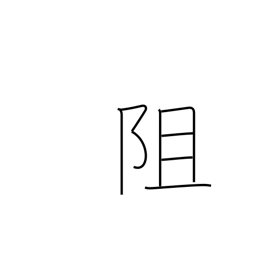
Meaning: separate from